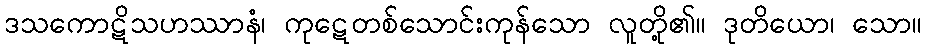
ဒသကောဋိသဟဿာနံ၊ ကုဋေတစ်သောင်းကုန်သော လူတို့၏။ ဒုတိယော၊ သော။